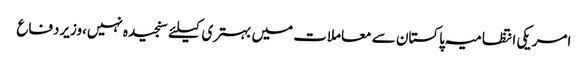
امریکی انتظامیہ پاکستان سے معاملات میں بہتری کیلئے سنجیدہ نہیں،وزیردفاع